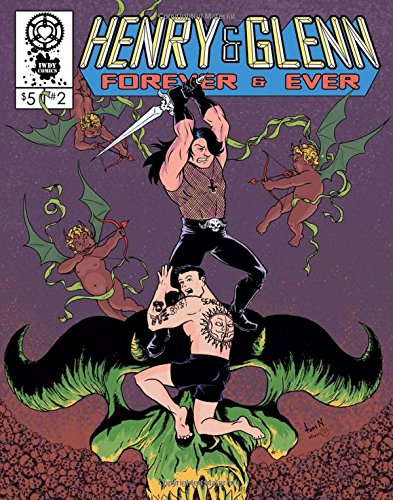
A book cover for Henry and Glenn Forever and Ever, No. 2; Tom Neely; Comics & Graphic Novels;